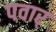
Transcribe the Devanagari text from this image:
पवार्